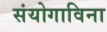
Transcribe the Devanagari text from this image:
संयोगाविना